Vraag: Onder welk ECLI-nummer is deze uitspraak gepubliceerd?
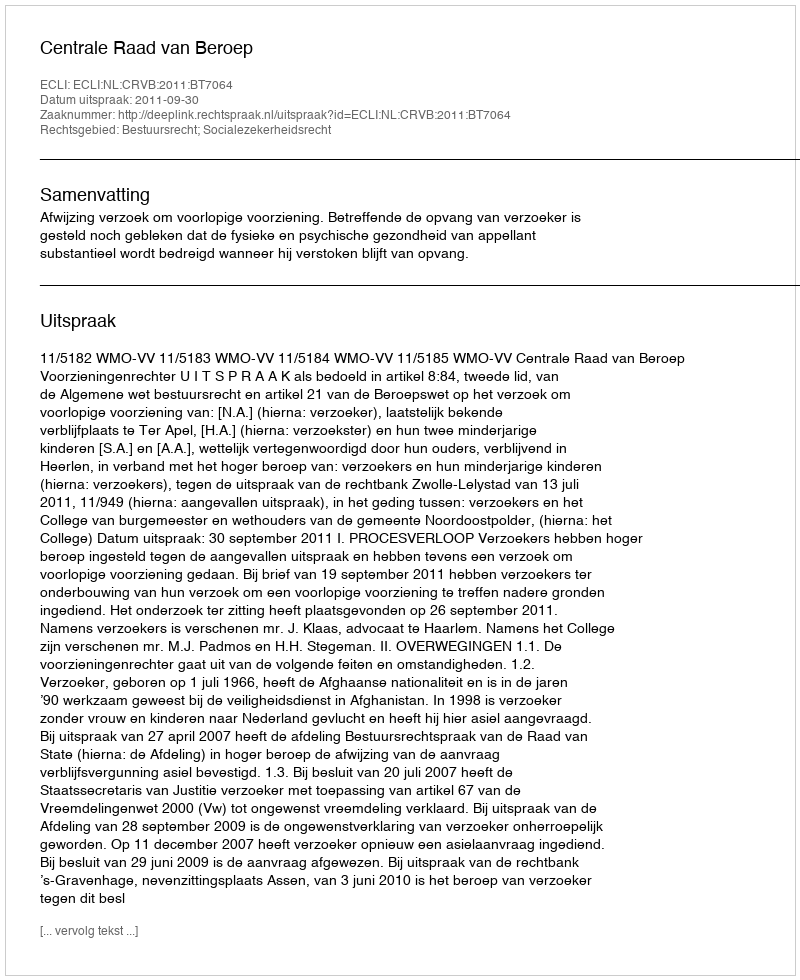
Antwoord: ECLI:NL:CRVB:2011:BT7064